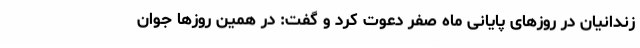
زندانیان در روزهای پایانی ماه صفر دعوت کرد و گفت: در همین روزها جوان